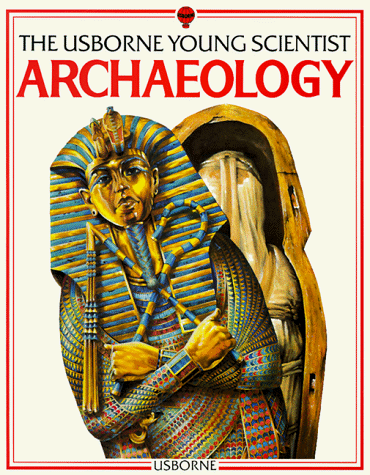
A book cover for Archaeology: The Usborne Young Scientist; Barbara Cork; Children's Books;